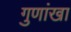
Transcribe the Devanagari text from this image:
गुणांखा